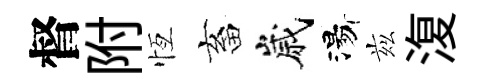
督附恆畜嵗湯兹𣸪